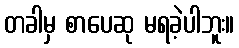
တခါမှ စာပေဆု မရခဲ့ပါဘူး။